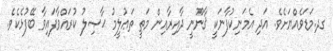
ގދ.މަޑަވެއްޔަށެވެ. އަދި އެމަނިކުފާނަކީ ޤާނޫނީ ދާއިރާއިން މަތީ ތަޢުލީމު ޙާޞިލު ކުރައްވާފައިވާ ބޭފުޅެކެވެ.